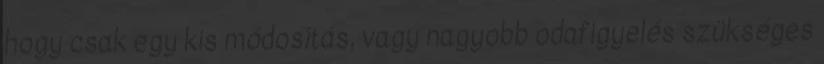
hogy csak egy kis módosítás, vagy nagyobb odafigyelés szükséges